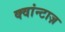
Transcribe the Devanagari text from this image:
क्वांन्टाज़